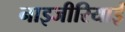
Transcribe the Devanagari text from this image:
नाइजीरियाईं